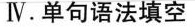
Ⅳ.单句语法填空